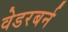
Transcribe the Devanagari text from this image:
वेडरबर्न